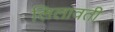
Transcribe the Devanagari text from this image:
लिलावती